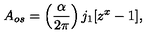
A _ { o s } = \left( \frac { \alpha } { 2 \pi } \right) j _ { 1 } [ z ^ { x } - 1 ] ,